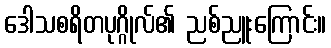
ဒေါသစရိတပုဂ္ဂိုလ်၏ ညစ်ညူးကြောင်း။